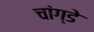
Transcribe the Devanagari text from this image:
चांग्डे